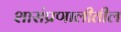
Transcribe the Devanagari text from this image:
शासंप्रणालीतील